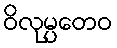
ဝိလုမ္ပတေဝ